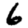
Digit: 6